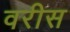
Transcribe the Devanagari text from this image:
वरीस